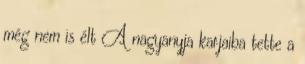
még nem is élt A nagyanyja karjaiba tette a